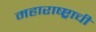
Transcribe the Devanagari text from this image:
महाराष्ष्ट्राची